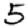
Digit: 5